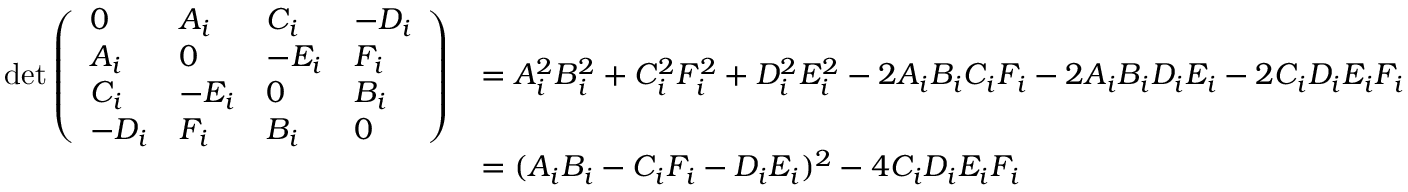
\begin{array} { r l } { \operatorname* { d e t } \left( \begin{array} { l l l l } { 0 } & { A _ { i } } & { C _ { i } } & { - D _ { i } } \\ { A _ { i } } & { 0 } & { - E _ { i } } & { F _ { i } } \\ { C _ { i } } & { - E _ { i } } & { 0 } & { B _ { i } } \\ { - D _ { i } } & { F _ { i } } & { B _ { i } } & { 0 } \end{array} \right) } & { = A _ { i } ^ { 2 } B _ { i } ^ { 2 } + C _ { i } ^ { 2 } F _ { i } ^ { 2 } + D _ { i } ^ { 2 } E _ { i } ^ { 2 } - 2 A _ { i } B _ { i } C _ { i } F _ { i } - 2 A _ { i } B _ { i } D _ { i } E _ { i } - 2 C _ { i } D _ { i } E _ { i } F _ { i } } \\ & { = ( A _ { i } B _ { i } - C _ { i } F _ { i } - D _ { i } E _ { i } ) ^ { 2 } - 4 C _ { i } D _ { i } E _ { i } F _ { i } } \end{array}